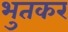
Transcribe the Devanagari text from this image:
भुतकर